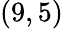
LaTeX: (9,5)